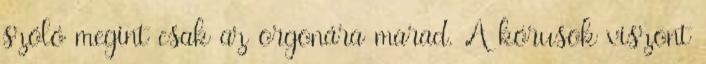
szóló megint csak az orgonára marad. A kórusok viszont